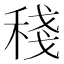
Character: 𥟥